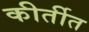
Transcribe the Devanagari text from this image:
कीर्तीत